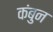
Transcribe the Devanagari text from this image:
कंबुन